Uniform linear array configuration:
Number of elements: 16
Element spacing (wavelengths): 0.5
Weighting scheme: uniform
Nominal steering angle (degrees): -30
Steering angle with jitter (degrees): -29.734
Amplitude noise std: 0.05
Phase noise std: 0.05

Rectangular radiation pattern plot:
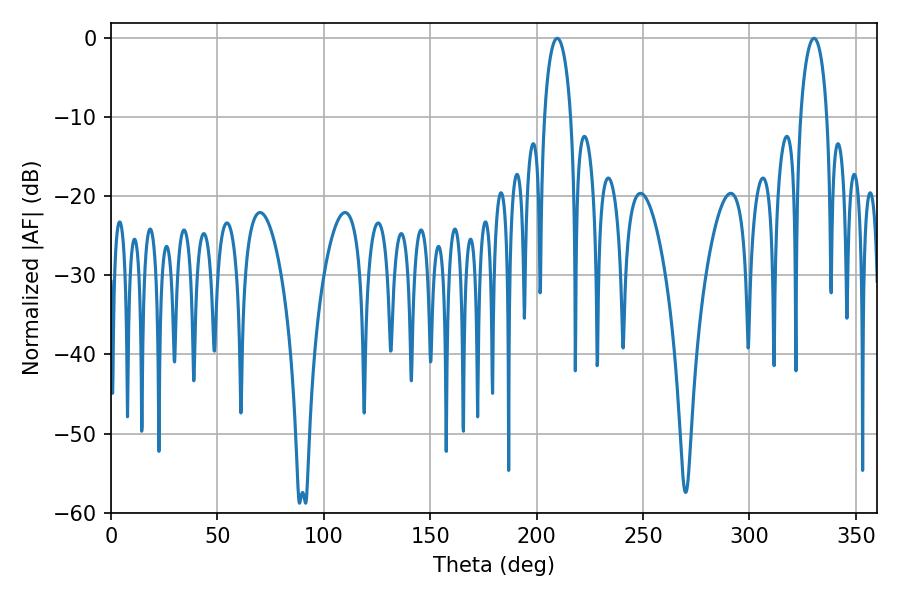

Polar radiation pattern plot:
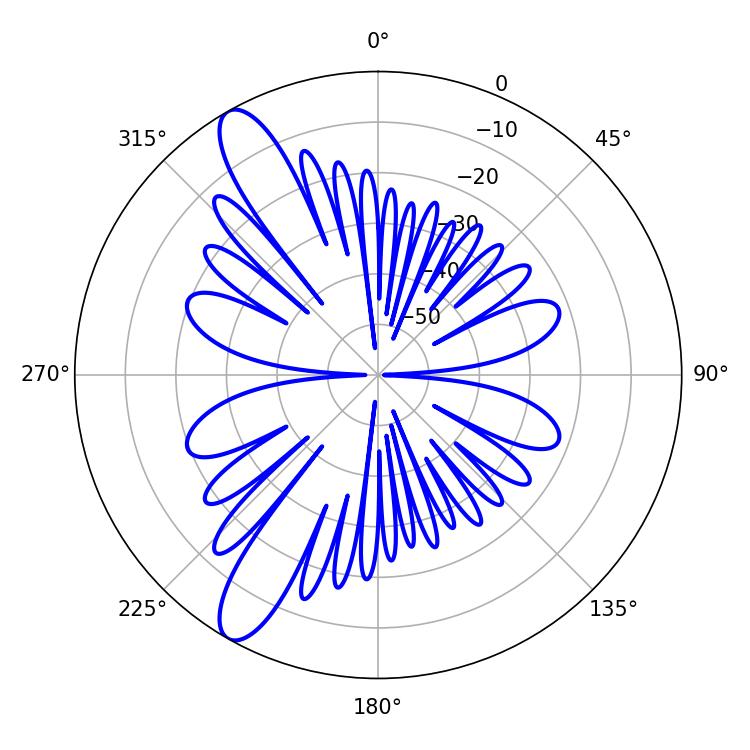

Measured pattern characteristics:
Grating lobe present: FALSE
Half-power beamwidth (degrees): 7.2
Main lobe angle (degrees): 209.7